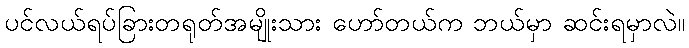
ပင်လယ်ရပ်ခြားတရုတ်အမျိုးသား ဟော်တယ်က ဘယ်မှာ ဆင်းရမှာလဲ။